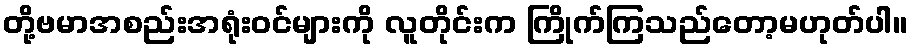
တို့ဗမာအစည်းအရုံးဝင်များကို လူတိုင်းက ကြိုက်ကြသည်တော့မဟုတ်ပါ။